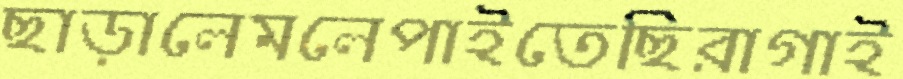
ছাড়ালেমলেপাইতেছিরাগাই